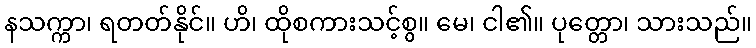
နသက္ကာ၊ ရတတ်နိုင်။ ဟိ၊ ထိုစကားသင့်စွ။ မေ၊ ငါ၏။ ပုတ္တော၊ သားသည်။